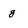
Character: g